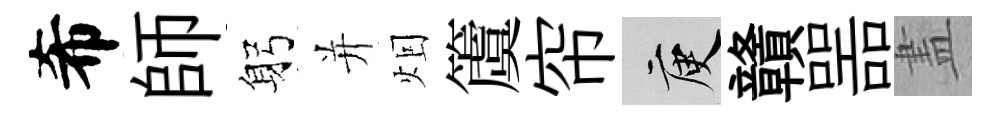
希師躬并𤇆𥵂帘庾贛噐𥁞